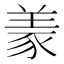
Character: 𱻌